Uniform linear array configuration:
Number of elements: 64
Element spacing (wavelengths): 0.25
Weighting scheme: binomial
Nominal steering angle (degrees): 15
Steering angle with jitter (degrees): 13.882
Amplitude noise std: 0.05
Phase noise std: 0.05

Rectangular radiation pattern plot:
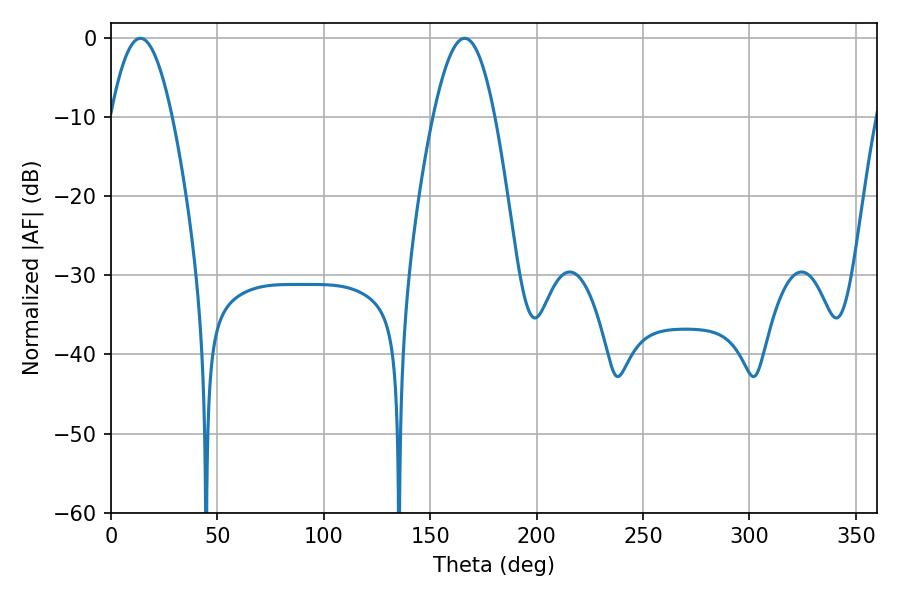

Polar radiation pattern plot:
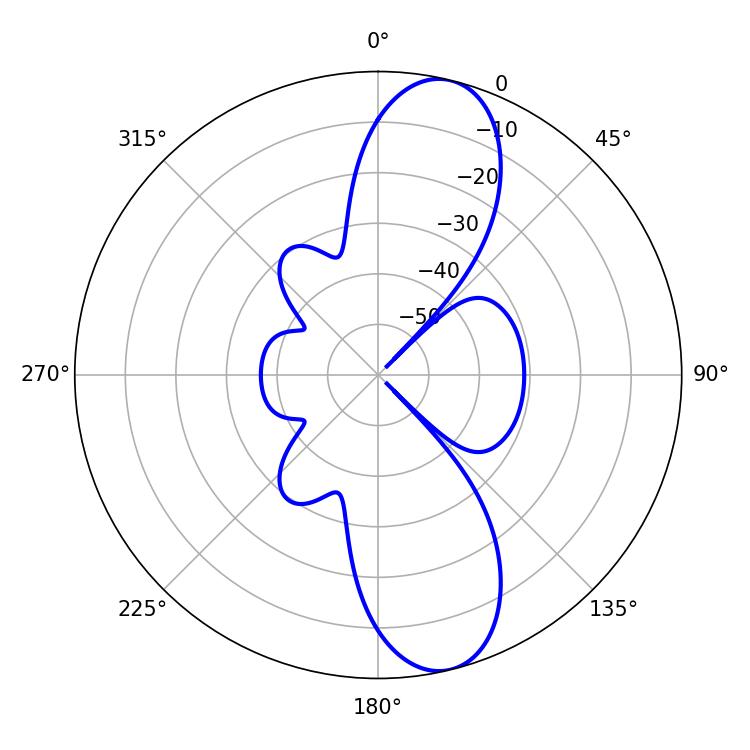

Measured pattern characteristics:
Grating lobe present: FALSE
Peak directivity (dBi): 11.45
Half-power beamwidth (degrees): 15.66
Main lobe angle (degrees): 13.86